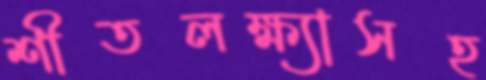
শীতলক্ষ্যাসহ